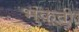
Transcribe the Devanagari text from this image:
भुंकती